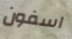
اسفون